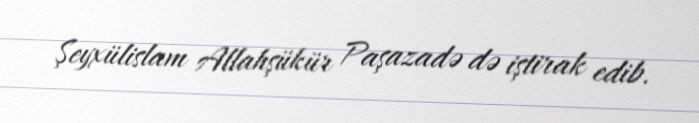
Şeyxülislam Allahşükür Paşazadə də iştirak edib.